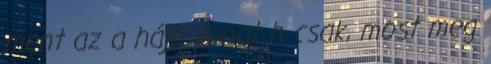
ment az a hájp vonat h csak, most meg